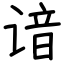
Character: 谙